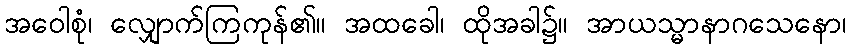
အဝေါစုံ၊ လျှောက်ကြကုန်၏။ အထခေါ၊ ထိုအခါ၌။ အာယသ္မာနာဂသေနော၊